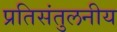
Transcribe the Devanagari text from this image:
प्रतिसंतुलनीय